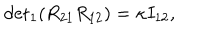
LaTeX: { \det } _ { 1 } ( R _ { 2 1 } R _ { 1 2 } ) = \kappa I _ { 1 2 } ,